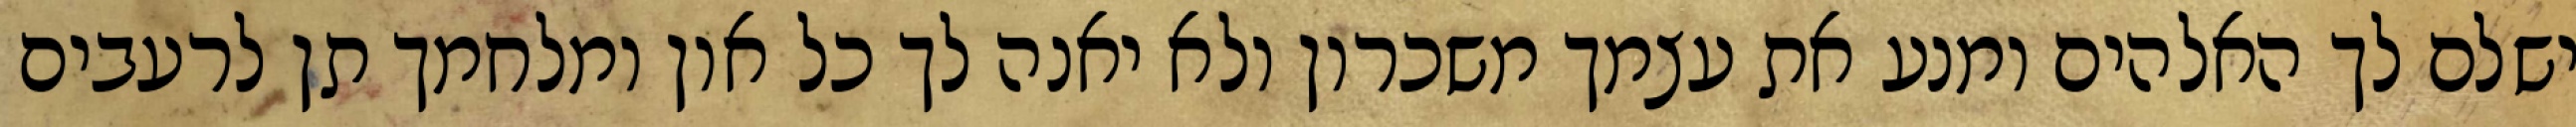
ישלם לך האלהים ומנע את עצמך משכרון ולא יאנה לך כל און ומלחמך תן לרעבים